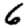
Digit: 6